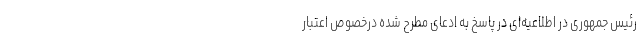
رئیس جمهوری در اطلاعیه‌ای در پاسخ به ادعای مطرح شده درخصوص اعتبار